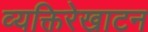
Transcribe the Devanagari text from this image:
व्यक्तिरेखाटन